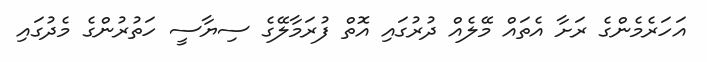
އަހަރެމެންގެ ރަށާ އެތައް މޭލެއް ދުރުގައި އޮތް ފުރަމާލޭގެ ސިޔާސީ ހަތުރުންގެ މެދުގައި